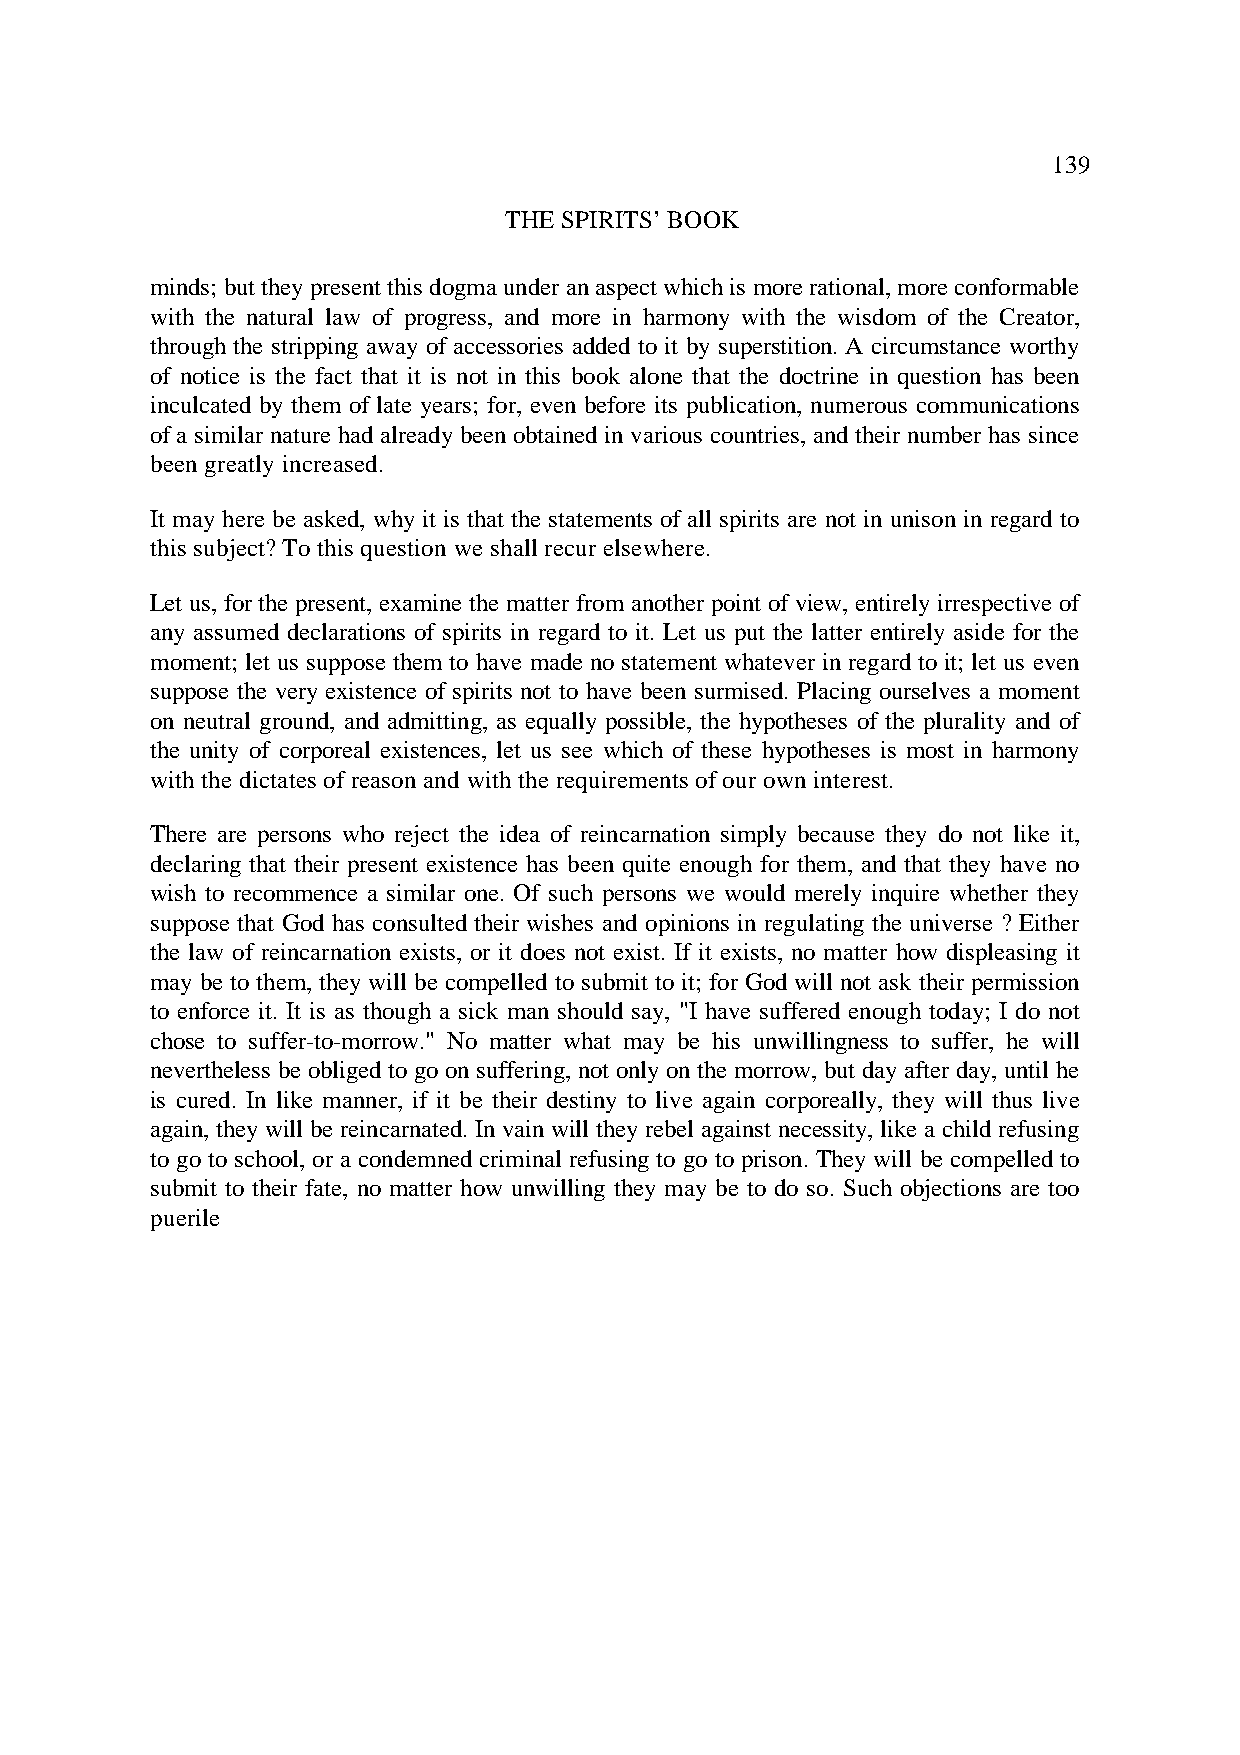
139
 THE SPIRITS’ BOOK
 minds; but they present this dogma under an aspect which is more rational, more conformable
 with the natural law of progress, and more in harmony with the wisdom of the Creator,
 through the stripping away of accessories added to it by superstition. A circumstance worthy
 of notice is the fact that it is not in this book alone that the doctrine in question has been
 inculcated by them of late years; for, even before its publication, numerous communications
 of a similar nature had already been obtained in various countries, and their number has since
 been greatly increased.
 It may here be asked, why it is that the statements of all spirits are not in unison in regard to
 this subject? To this question we shall recur elsewhere.
 Let us, for the present, examine the matter from another point of view, entirely irrespective of
 any assumed declarations of spirits in regard to it. Let us put the latter entirely aside for the
 moment; let us suppose them to have made no statement whatever in regard to it; let us even
 suppose the very existence of spirits not to have been surmised. Placing ourselves a moment
 on neutral ground, and admitting, as equally possible, the hypotheses of the plurality and of
 the unity of corporeal existences, let us see which of these hypotheses is most in harmony
 with the dictates of reason and with the requirements of our own interest.
 There are persons who reject the idea of reincarnation simply because they do not like it,
 declaring that their present existence has been quite enough for them, and that they have no
 wish to recommence a similar one. Of such persons we would merely inquire whether they
 suppose that God has consulted their wishes and opinions in regulating the universe ? Either
 the law of reincarnation exists, or it does not exist. If it exists, no matter how displeasing it
 may be to them, they will be compelled to submit to it; for God will not ask their permission
 to enforce it. It is as though a sick man should say, "I have suffered enough today; I do not
 chose to suffer-to-morrow." No matter what may be his unwillingness to suffer, he will
 nevertheless be obliged to go on suffering, not only on the morrow, but day after day, until he
 is cured. In like manner, if it be their destiny to live again corporeally, they will thus live
 again, they will be reincarnated. In vain will they rebel against necessity, like a child refusing
 to go to school, or a condemned criminal refusing to go to prison. They will be compelled to
 submit to their fate, no matter how unwilling they may be to do so. Such objections are too
 puerile